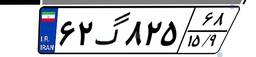
۳۸گ۰۳۸۹۸